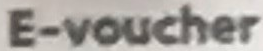
E-voucher